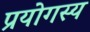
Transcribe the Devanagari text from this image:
प्रयोगस्य